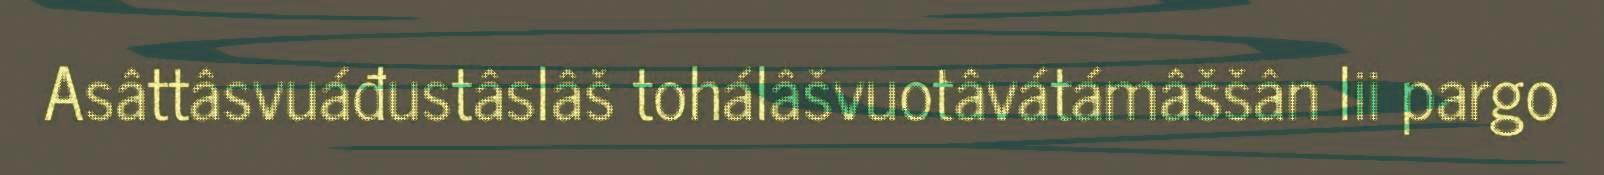
Asâttâsvuáđustâslâš tohálâšvuotâvátámâššân lii pargo